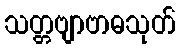
သတ္တဗျာဗာဓသုတ်